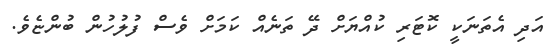
އަދި އެތަނަކީ ކޮޓަރި ކުއްޔަށް ދޭ ތަނެއް ކަމަށް ވެސް ފުލުހުން ބުންޏެވެ.